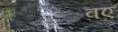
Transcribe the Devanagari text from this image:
वए